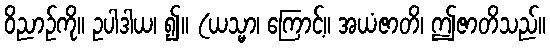
ဝိညာဉ်ကို။ ဥပါဒါယ၊ ၍။ (ယသ္မာ၊ ကြောင့်။ အယံဇာတိ၊ ဤဇာတိသည်။